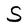
Character: S